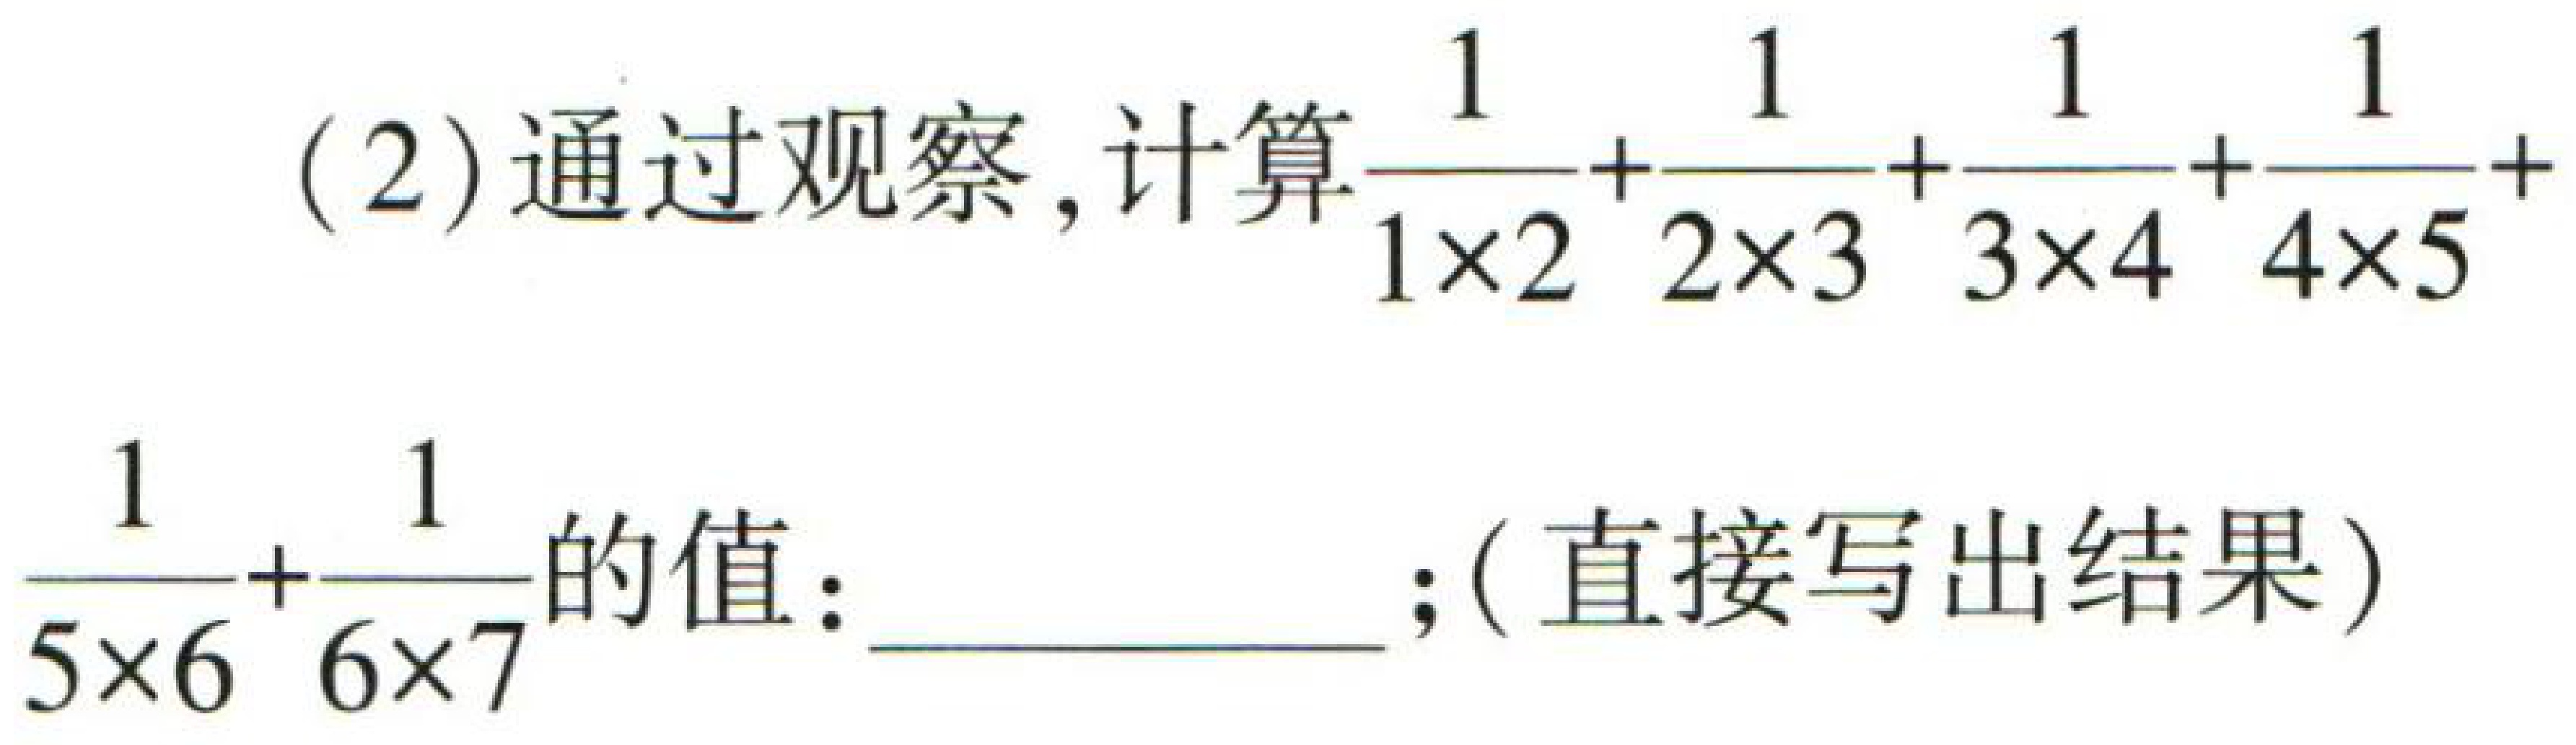
(2)通过观察,计算$\frac{1}{1\times2}+\frac{1}{2\times3}+\frac{1}{3\times4}+\frac{1}{4\times5}+ \frac{1}{5\times6}+\frac{1}{6\times7}$的值：  ；(直接写出结果)